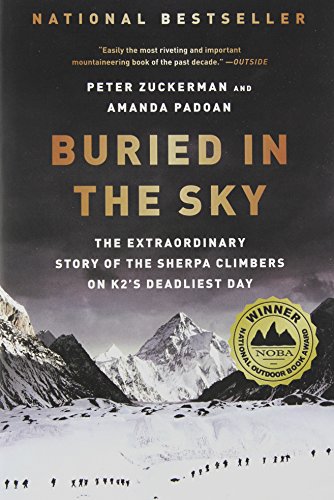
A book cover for Buried in the Sky: The Extraordinary Story of the Sherpa Climbers on K2's Deadliest Day; Peter Zuckerman; Sports & Outdoors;